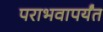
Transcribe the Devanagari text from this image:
पराभवापर्यंत